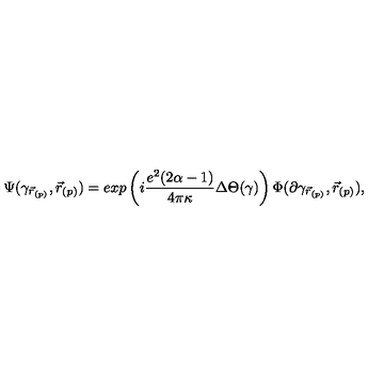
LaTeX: \Psi ( \gamma _ { \vec { r } _ { ( p ) } } , \vec { r } _ { ( p ) } ) = e x p \left( i \frac { e ^ { 2 } ( 2 \alpha - 1 ) } { 4 \pi \kappa } \Delta \Theta ( \gamma ) \right) \Phi ( \partial \gamma _ { \vec { r } _ { ( p ) } } , \vec { r } _ { ( p ) } ) ,